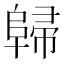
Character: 𨺔